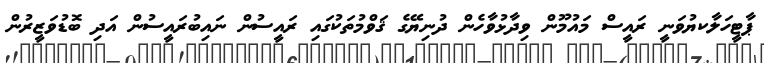
ޕާާޓީހަލާކޔުވަނީ ރައީސް މައުމޫން ވިދާޅުވާހެން ދުނިޔޭގެ ޤަވްމުތަކުގައި ރައީސުން ނައިބުރައީސުން އަދި ބޮޑުވަޒީރުން